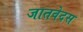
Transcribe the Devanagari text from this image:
जातवेदस